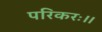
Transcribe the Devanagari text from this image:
परिकरः।।